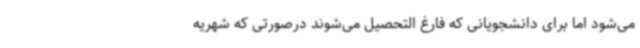
می‌شود اما برای دانشجویانی که فارغ التحصیل می‌شوند درصورتی که شهریه